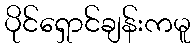
ပိုင်ရှောင်ချန်းကမူ